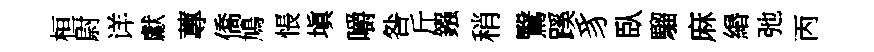
桓尉详獻蓴僑鳩悵塡嚼咎斤鏹稍鷖蹊豸臥騮麻緡弛丙